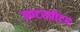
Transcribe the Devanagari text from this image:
इण्टरप्रीटर